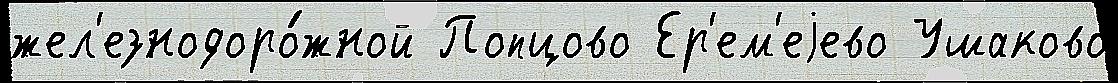
жел'езнодоро́жной Попцово Ер'ем'еjево Ушаково